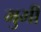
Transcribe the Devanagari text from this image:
मुभी